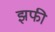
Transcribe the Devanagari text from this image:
झफी